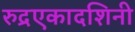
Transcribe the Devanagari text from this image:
रुद्रएकादशिनी